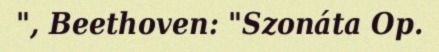
", Beethoven: "Szonáta Op.